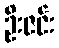
ဦးဇင်း